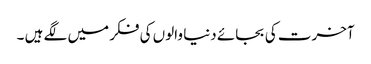
آخرت کی بجائے دنیا والوں کی فکر میں لگے ہیں ۔